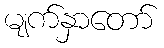
မျက်နှာတော်